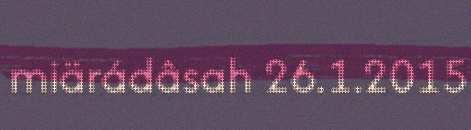
miärádâsah 26.1.2015